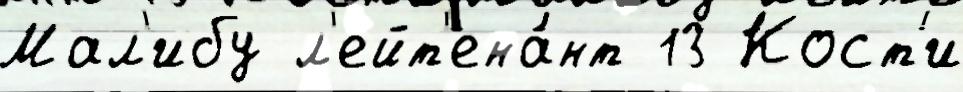
Мал'ибу л'ейт'ена́нт 13 Кост'и